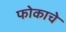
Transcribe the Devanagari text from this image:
फोकाचे